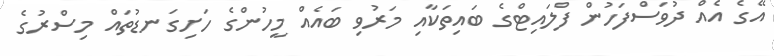
އޭގެ އެއް ދުވަސްފަހުން ފްލައިޓްގެ ބައިތަކާއި މަރުވި ބައެއް މީހުންގެ ހަށިގަނޑުތައް މިސްރުގެ